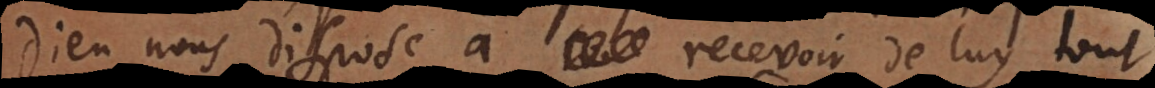
Dieu nous dispose a recevoir de luy tout